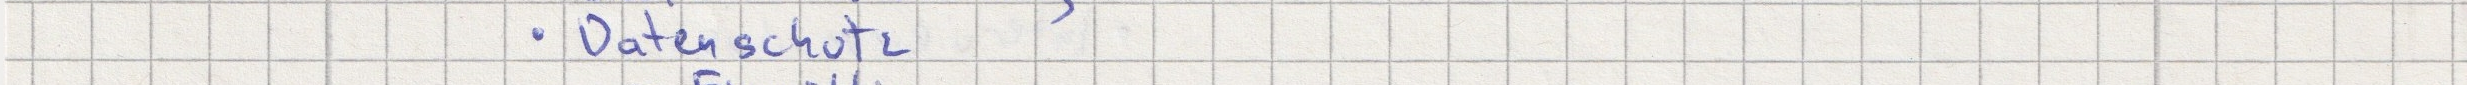
- Datenschutz